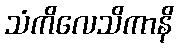
သံကိလေသိကာနိ